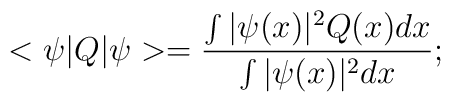
<\psi|Q|\psi> = \frac{\int |\psi(x)|^2 Q(x)dx}{\int |\psi(x)|^2 dx};